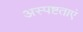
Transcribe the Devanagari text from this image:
अस्पष्टताएं